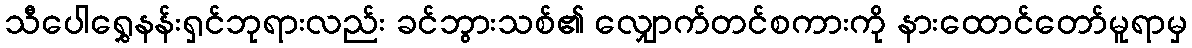
သီပေါရွှေနန်းရှင်ဘုရားလည်း ခင်ဘွားသစ်၏ လျှောက်တင်စကားကို နားထောင်တော်မူရာမှ